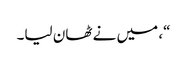
“، میں نے ٹھان لیا۔